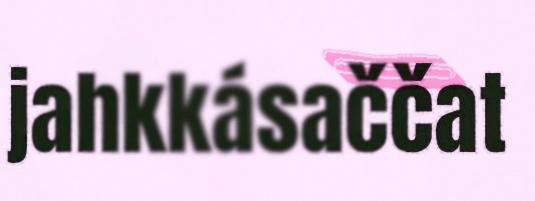
jahkkásaččat